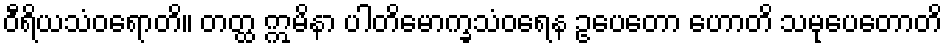
ဝီရိယသံဝရောတိ။ တတ္ထ ဣမိနာ ပါတိမောက္ခသံဝရေန ဥပေတော ဟောတိ သမုပေတောတိ